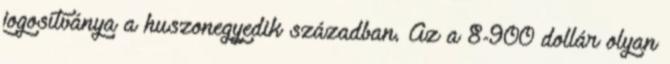
jogosítványa a huszonegyedik században. Az a 8-900 dollár olyan